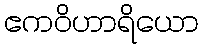
ဧကဝိဟာရိယော